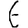
Digit: 6